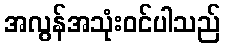
အလွန်အသုံးဝင်ပါသည်